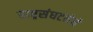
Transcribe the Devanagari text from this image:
राष्ट्रसंघटनेने